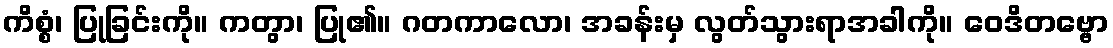
ကိစ္စံ၊ ပြုခြင်းကို။ ကတွာ၊ ပြု၏။ ဂတကာလော၊ အခန်းမှ လွတ်သွားရာအခါကို။ ဝေဒိတဗ္ဗော